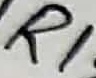
Text: R1